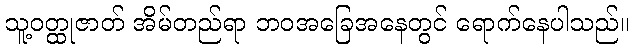
သူ့ဝတ္ထုဇာတ် အိမ်တည်ရာ ဘဝအခြေအနေတွင် ရောက်နေပါသည်။